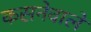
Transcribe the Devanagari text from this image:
कसनेवाले